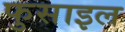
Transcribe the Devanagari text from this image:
फुसाइल